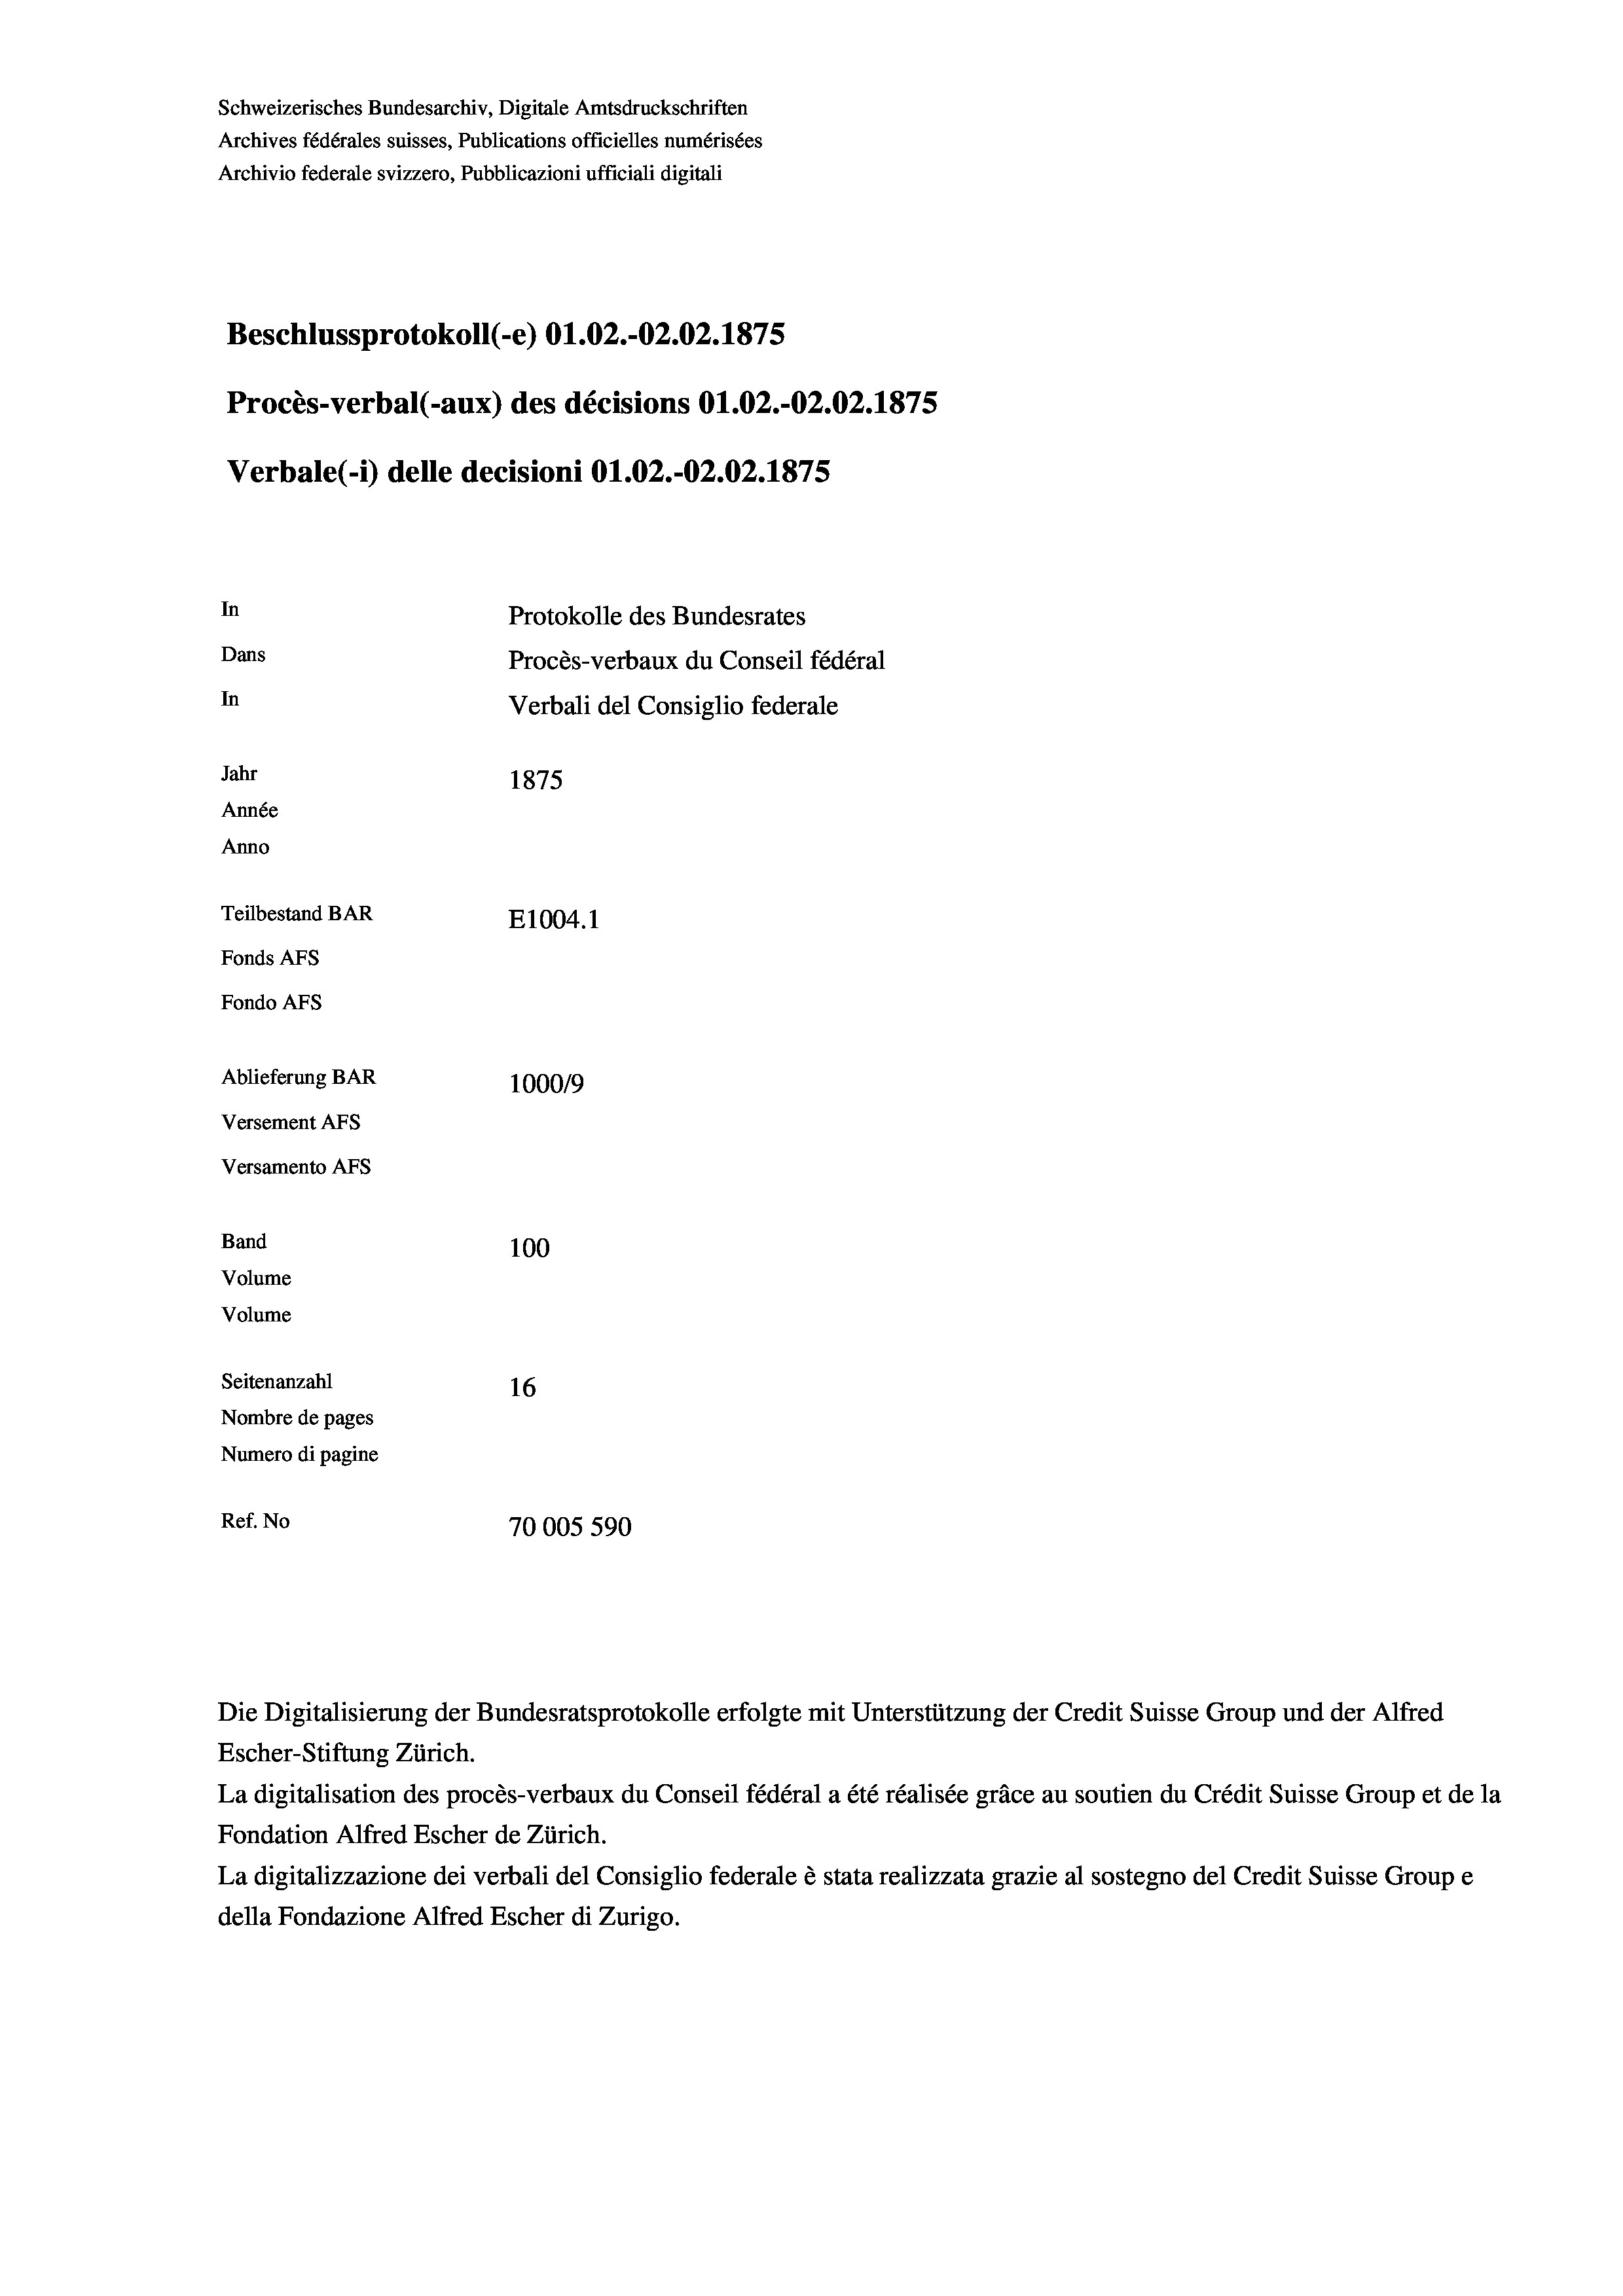
Schweizerisches Bundesarchiv, Digitale Amtsdruckschriften
Archives fédérales suisses, Publications officielles numérisées
Archivio federale svizzero, Pubblicazioni ufficiali digitali
Beschlussprotokoll (-e) 01.02.-O2.02. 1875
Procès-verbal (-aux) des décisions O1.02.-O2.02.1875
Verbale (- 1) delle decisioni Ol.02.-O2.02. 1875
In
Protokolle des Bundesrates
Dans
Procès-verbaux du Conseil fédéral
In
Verbali del Consiglio federale
Jahr
1875
Année
Anno
Teilbestand BAR
E1004. 1
Fonds AFs
Fondo AFs
Ablieferung BAR
100019
Versement AFs

Versamento Afs
Band

100
Volume
Volume
Seitenanzahl
16
Nombre de pages
Numero di pagine
Ref. No
70005 590

Die Digitalisierung der Bundesratsprotokolle erfolgte mit Unterstützung der Credit Suisse Group und der Alfred
Escher-Stiftung Zürich.
La digitalisation des procès-verbaux du Conseil fédéral a été réalisée gräce au soutien du Crédit Suisse Group et de la
Fondation Alfred Escher de Zürich.
La digitalizzazione dei verbali del Consiglio federale è stata realizzata grazie al sostegno del Credit Suisse Groupe
della Fondazione Alfred Escher di Zurigo.